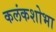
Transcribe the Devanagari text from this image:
कलंकशोभा